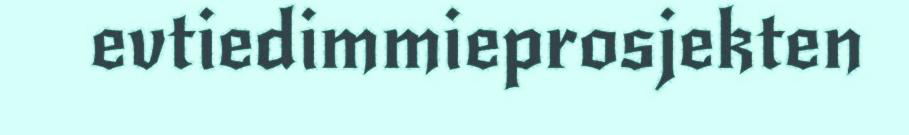
evtiedimmieprosjekten